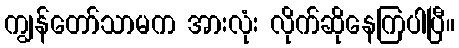
ကျွန်တော်သာမက အားလုံး လိုက်ဆိုနေကြပါပြီ။